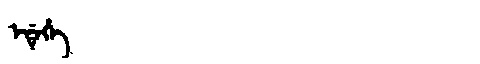
Manchu: ᡝᡩᡝᡥᡝ
Romanization: EDEHE